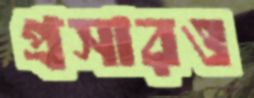
প্রসারও